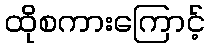
ထိုစကားကြောင့်